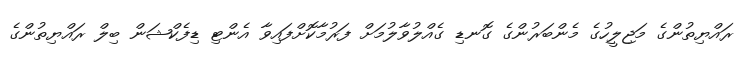
ރައްޔިތުންގެ މަޖިލީހުގެ މެންބަރުންގެ ގޮނޑި ގެއްލުވާލުމަށް ފަރުމާކޮށްފައިވާ އެންޓި ޑިފެކްޝަން ބިލް ރައްޔިތުންގެ